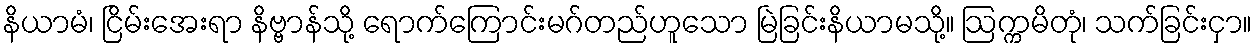
နိယာမံ၊ ငြိမ်းအေးရာ နိဗ္ဗာန်သို့ ရောက်ကြောင်းမဂ်တည်ဟူသော မြဲခြင်းနိယာမသို့။ ဩက္ကမိတုံ၊ သက်ခြင်းငှာ။